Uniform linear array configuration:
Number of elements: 24
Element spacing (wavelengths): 0.25
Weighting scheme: hann
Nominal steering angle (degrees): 15
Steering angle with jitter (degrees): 13.025
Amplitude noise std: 0.05
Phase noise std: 0.05

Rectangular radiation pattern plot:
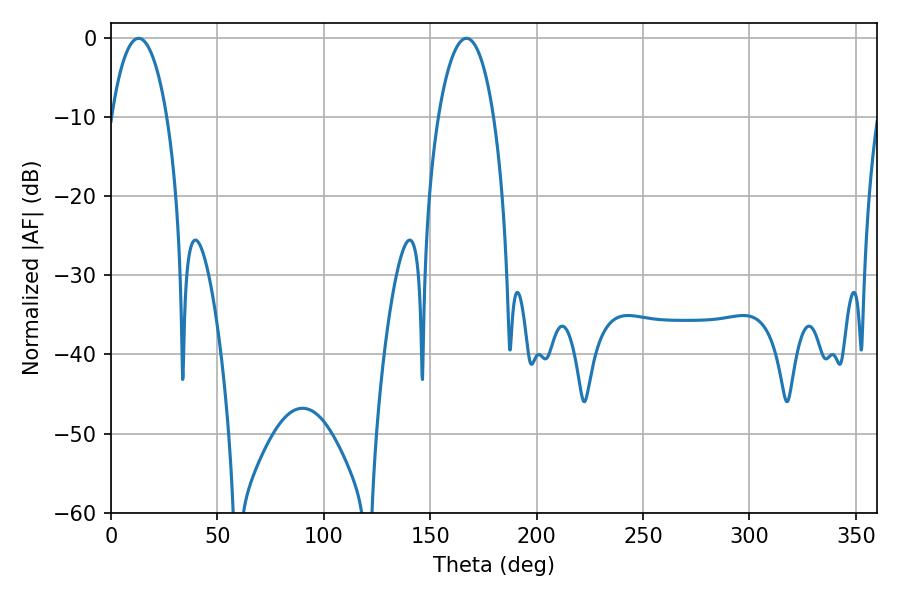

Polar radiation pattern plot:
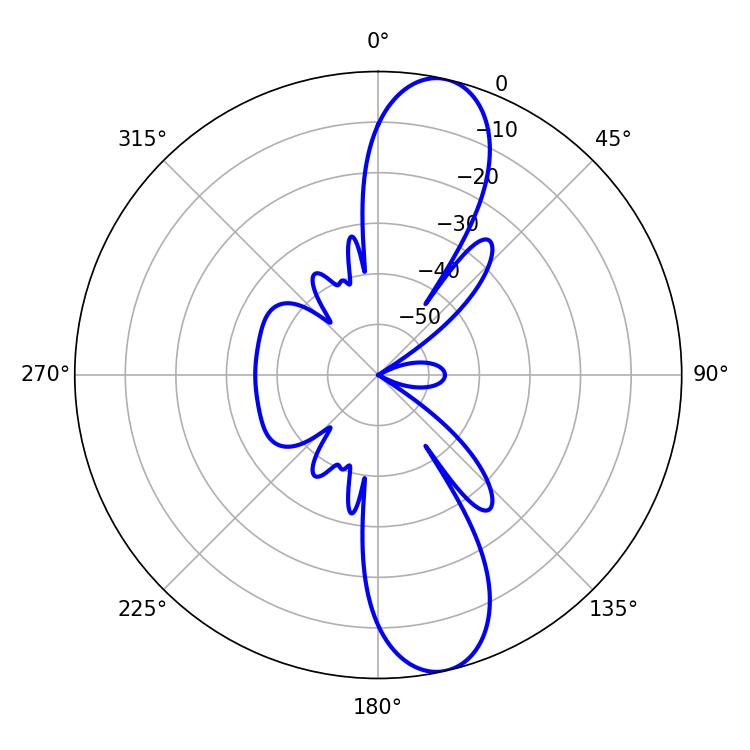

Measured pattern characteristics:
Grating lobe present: FALSE
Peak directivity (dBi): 12.15
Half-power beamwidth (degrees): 14.58
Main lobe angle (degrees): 12.96